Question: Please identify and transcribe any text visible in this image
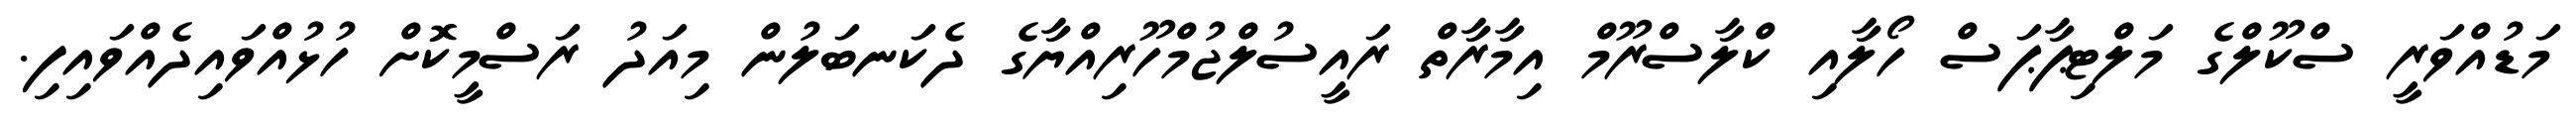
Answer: މަޑުއްވަރީ ސްކޫލްގެ މަލްޓިޕާޕަސް ހޯލާއި ކްލާސްރޫމް އިމާރާތް ރައީސުލްޖުމްހޫރިއްޔާގެ ދެކަނބަލުން މިއަދު ރަސްމީކޮށް ހުޅުއްވައިދެއްވައިފި.